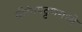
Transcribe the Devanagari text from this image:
श्रीरंगपट्टणमध्ये